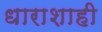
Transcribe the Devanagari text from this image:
धाराशाही